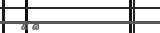
١٣